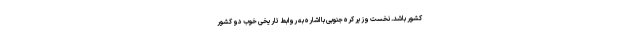
کشور باشد. نخست وزیر کره جنوبی با اشاره به روابط تاریخی خوب دو کشور